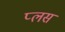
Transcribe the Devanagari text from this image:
प्‍लस